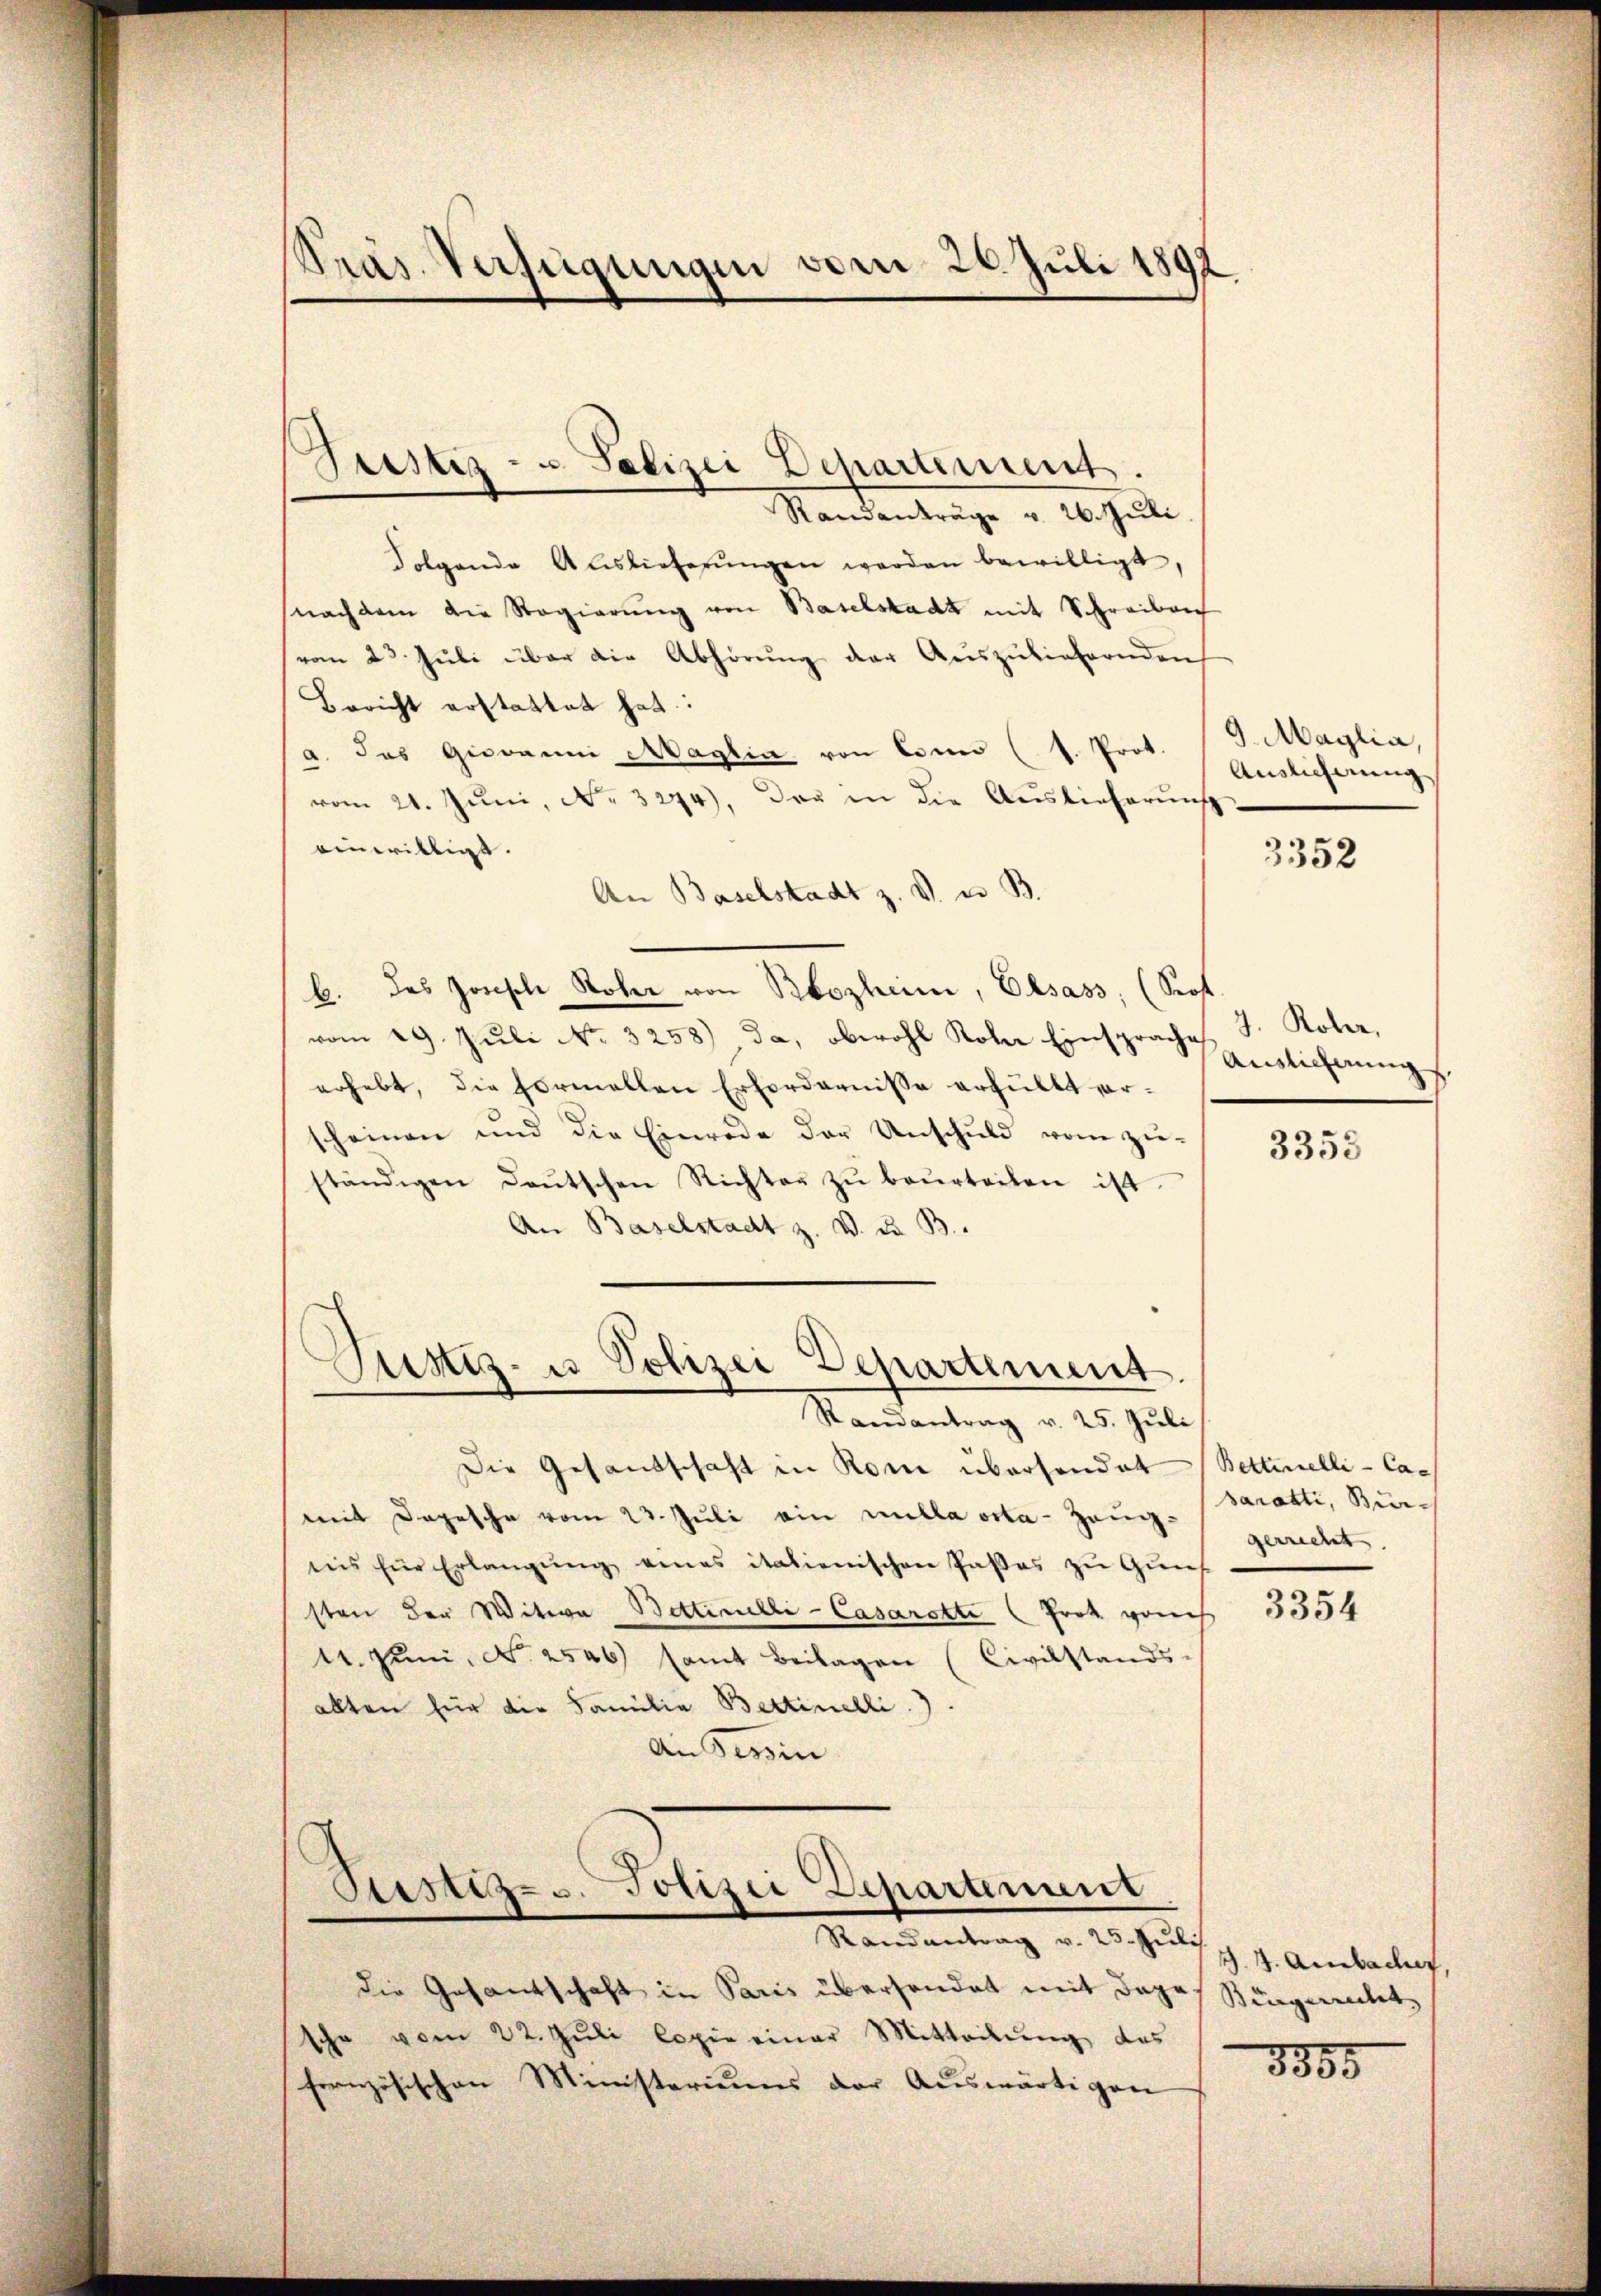
Präs. Verfügungen vom 20. Juli 1892

Sistiz- u Polizei Departement.

Standentrage v. 10. heute
Folgende Auslieferŭngen werden bewilligt,
snachdem die Regierŭng von Baselstadt mit Schreiben
vom 23. Juli über die Abhörung der Auszuliefernden
Bericht erstattet hat:
a. das Giovanni Maglia, von Conn (s. Prot.
vom 21. Juni, No. 3274), das in die Auslieferung
einwilligt.
An Baselstadt z. V. u. B.
b. das Joseph Rohr von Bbozheim, Elsass, (Sof
vom 29. Juli No 3258) da, obwohl Kober Einsprache
erhebt, die Formellen Erfordernisse erhüllt vorheinen und die Einrede der Unschŭld vom zie-
ständigen deŭtschen Richter zŭ beŭrteilen ist.
An Baselstadt z. V. d. B.
e
Justiz- u Polizei Departement
Randantrag v. 25. Jŭli
Die Gesandschaft in Rom übersendet
mit Depesche vom 23. Juli ein nulla vita-Zeugteis für Erlangŭng eines italienischen Paßes zu Guns
sten der Witwe Bettinelle-Casarotte (Frot geis
14. Juni, No. 2546) samt Beilagen (Civilstands-
allten für die Familie Bettinelli.).
An Tessin

Sistiz- u. Polizei Departement
Randantrag v. 25. Juli

die Gesantschaft in Paris übersendet mit dazu Ringweitet,
sche vom 22. Jŭli Copie einer Mitteilŭng des
französischen Ministeriums der Auswärtigen

9. Maylia,
Auslicherung

3352

7. Rober,
Auslicherung

3355

Betternelli - Ca-
paratti, Bürgerrecht.

3354

Z. 4. Ambacher,

8805